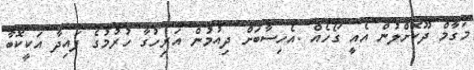
މަގާމް ދޫކޮށްލުން އެއީ ގޯހެއް .އެހިސާބަށް ދިއުމުން އަރިހުގާ ހުރުމުގެ ފައިދާ އަކީކޮބާ